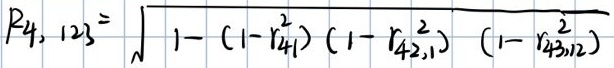
$R_{4,123}=\sqrt{1-(1-r_{41}^{2})(1-r_{42,1}^{2})(1-r_{43,12}^{2})}$